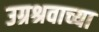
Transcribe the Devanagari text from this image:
उग्रश्रवाच्या